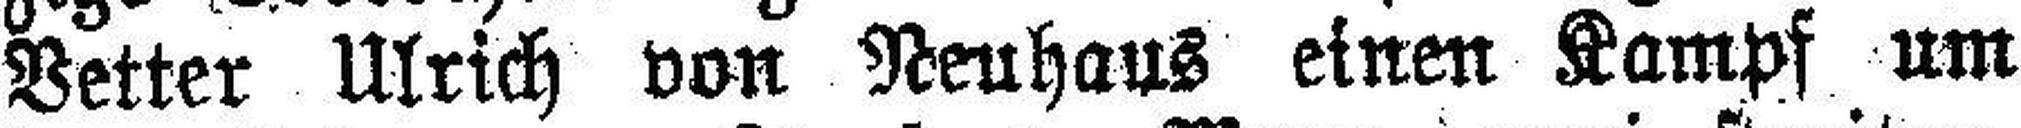
Vetter Ulrich von Neuhaus einen Kampf um